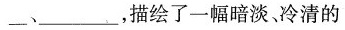
___、___，描绘了一幅暗淡、冷清的